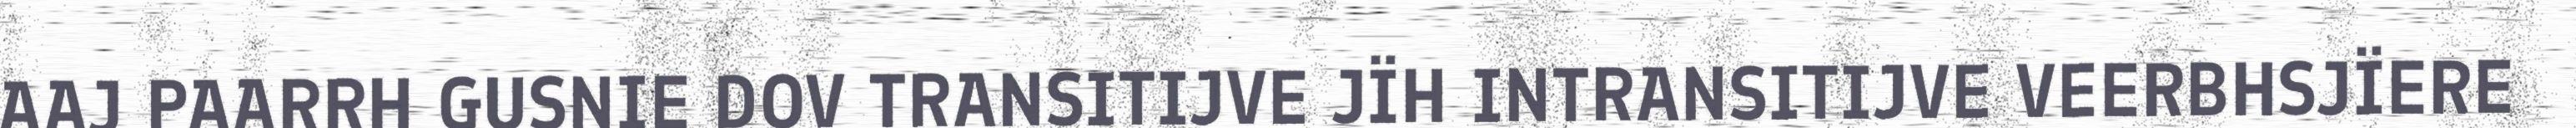
AAJ PAARRH GUSNIE DOV TRANSITIJVE JÏH INTRANSITIJVE VEERBHSJÏERE